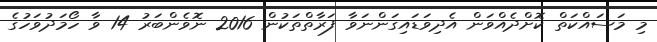
މި މަސައްކަތް ކޮށްދެއްވަން އެދިވަޑައިގަންނަވާ ފަރާތްތަކުން 2016 ނޮވެންބަރު 14 ވާ ހޯމަދުވަހުގެ